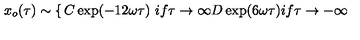
x _ { o } ( \tau ) \sim \left\{ \begin{matrix} { C \exp ( - 1 2 \omega \tau ) \ i f \tau \rightarrow \infty } \\ { D \exp ( 6 \omega \tau ) i f \tau \rightarrow - \infty } \\ \end{matrix} \right.